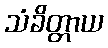
သံခိတ္တာယ